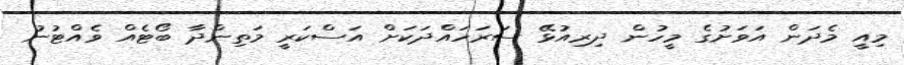
މިއީ މެދަން އަވަށުގެ މީހުން ދިރިއުޅޭ ސަރަހައްދަަކަށް އަސްކަރީ މަތިންދާ ބޯޓެއް ވެއްޓުނު